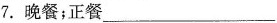
7.晚餐；正餐___